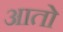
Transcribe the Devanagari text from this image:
आताे